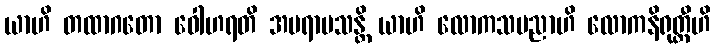
ယာဟိ တထာဂတော ဝေါဟရတိ အပရာမသန္တိ ယာဟိ လောကသမညာဟိ လောကနိရုတ္တီဟိ